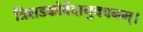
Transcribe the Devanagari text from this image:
त्रिशडकोर्वेदानुवचनम्।